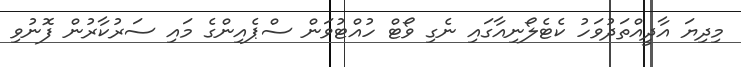
މިދިޔަ އާދީއްތަދުވަހު ކެޓެލޯނިއާގައި ނެގި ވޯޓް ހުއްޓުވަން ސްޕެއިންގެ މައި ސަރުކާރުން ފޮނުވި